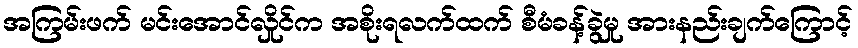
အကြမ်းဖက် မင်းအောင်လှိုင်က အစိုးရလက်ထက် စီမံခန့်ခွဲမှု အားနည်းချက်ကြောင့်